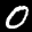
Label: 0